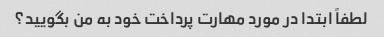
لطفاً ابتدا در مورد مهارت پرداخت خود به من بگویید؟